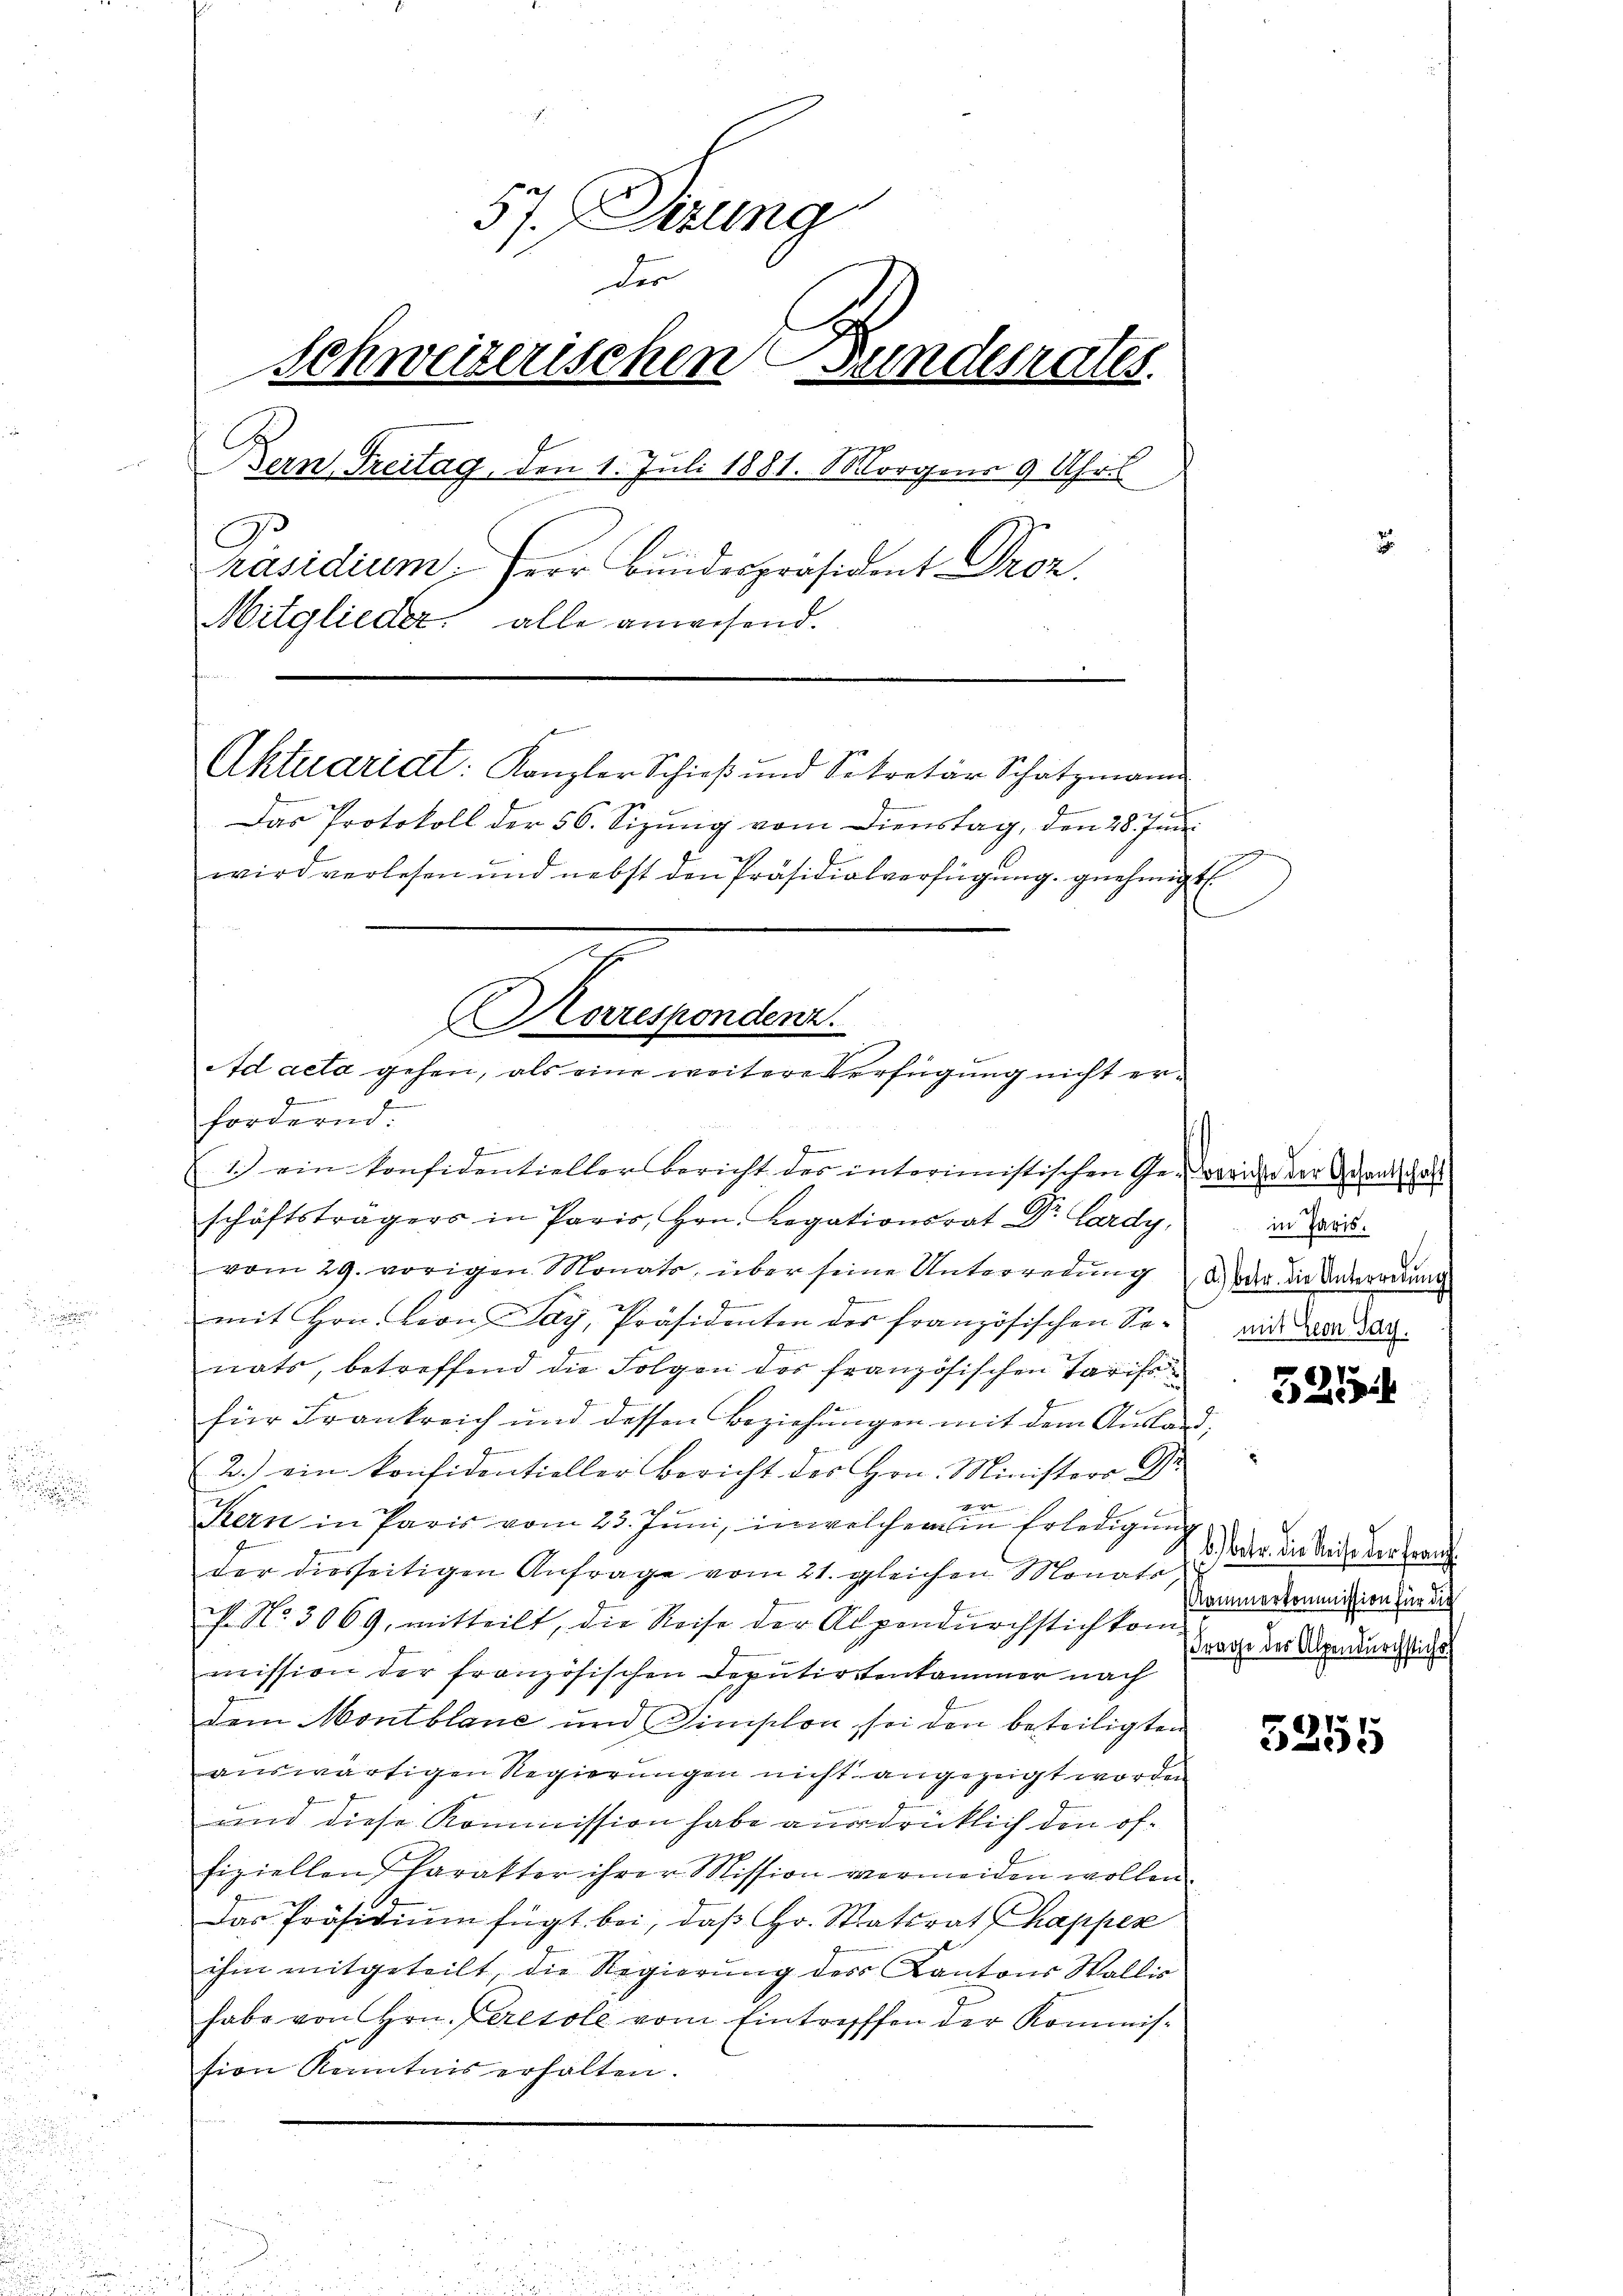
57. Dirung
der
Schweizerischen Bundesrates.
Bern Treitag, den 1. Juli 1881. Morgen 9 Uhril
Präsidium, fror Bundespräsident Droz.
Mitglieder alle anwesend.
Aktuaridt: Kanzler Schieß und Sekretär Schatzmann
Das Protokoll der 56. Sizung vom Dienstag, den 28. Juni
wird verlesen und nebst den Präsidialverfügung genehmigt

Korrespondenz.
Ad acta gehen, als eine weitere Verfügung nicht er¬

2
fordernd.
g
1.) ein konfidentieller Bericht des interimistischen Ge-vorige der Grandschaft
schäftsträgers in Paris, Hrn. Legationsrat Dr. Lardy,
vom 29. vorigen Monats, über seine Unterredung u. war die Unterredung
mit Hrn. Leon Pay, Präsidenten des französischen Senats, betreffend die Folgen der französischen Tarife
für Frankreich und dessen Beziehungen mit dem Ausland,
z
2. ein konfidentieller Bericht des Hrn. Ministerr Dr.
A
c
Kern in Paris vom 23. Juni, in welchem in Erledigung
der diesseitigen Anfrage vom 21. gleichen Monats
f. No. 3069, mitteilt, die Reise der Alpendurchstich kom-
mission der französischen Deputirtenkammer nach
dem Montblane und Dimischon, sei den beteiligten
auswärtigen Regierungen nicht angezeigt worden
und diese Kommission habe ausdrücklich den öffiziellen Parakter ihrer Mission vermeiden wollen
Das Präsidium fügt bei, daß Hr. Staatsrat Chappen
ihm mitgeteilt die Regierung des Kantons Wallis
habe von Hrn. Peresole vom Eintreffen der Kommission Kenntnis erhalten.

in Paris.
x
mit Bern Say.

325

b) betr. die Reise der Franz
Kammerkommission für die
Frage des Alpendurchstichs

5255